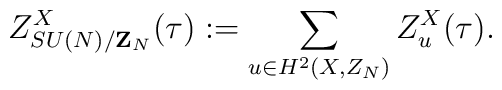
Z_{SU(N)/{\bf Z}_N}^X(\tau):= \sum_{u\in H^2(X,Z_N)} Z_u^X(\tau).